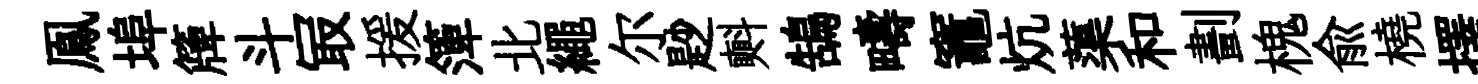
鳯埠簰斗冣援𥱼北繩尔尟㪺鵠疇竈炕蕖和劃槐兪橈擇